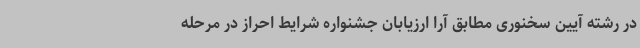
در رشته آیین سخنوری مطابق آرا ارزیابان جشنواره شرایط احراز در مرحله